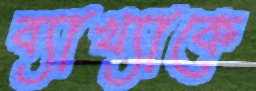
ব্যাখ্যাকে